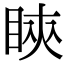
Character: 鿃